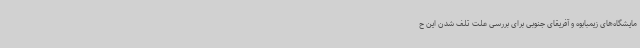
مایشگاه‌های زیمبابوه و آفریقای جنوبی برای بررسی علت تلف شدن این ح